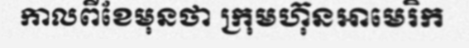
កាលពីខែមុនថា ក្រុមហ៊ុនអាមេរិក